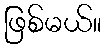
ဖြစ်မယ်။